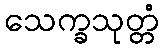
သေက္ခသုတ္တံ